Indian journal of veterinary science and animal husbandry - Volumes 15-17, 1948-1951
Year: 1948
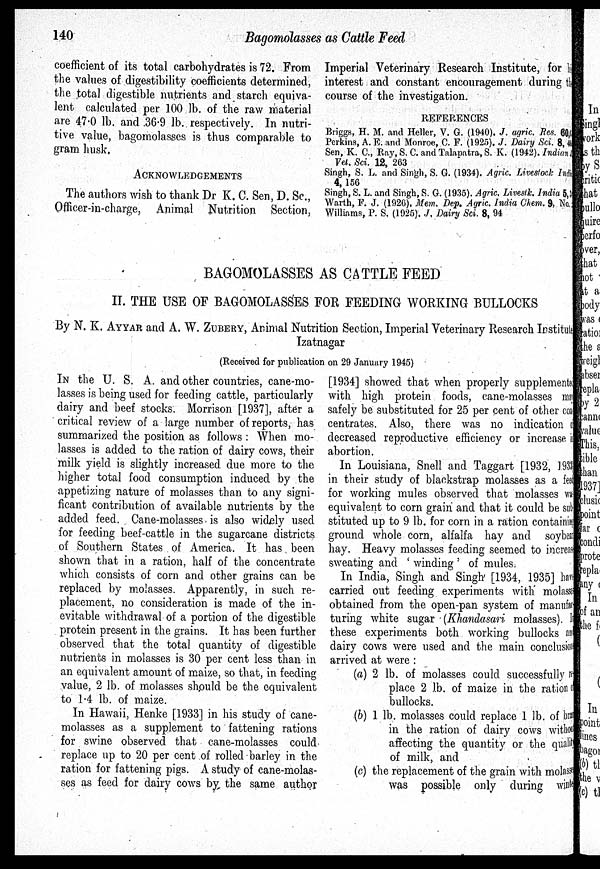
140
Bagomolasses as Cattle Feed
coefficient of its total carbohydrates is 72. From
the values of digestibility coefficients determined,
the total digestible nutrients and starch equiva-
lent calculated per 100 lb. of the raw material
are 47.0 lb. and 36.9 lb. respectively. In nutri-
tive value, bagomolasses is thus comparable to
gram husk.
ACKNOWLEDGEMENTS
The authors wish to thank Dr K. C. Sen, D. Sc.,
Officer-in-charge, Animal Nutrition Section,
Imperial Veterinary Research Institute, for his
interest and constant encouragement during the
course of the investigation.
REFERENCES
Briggs, H. M. and Heller, V. G. (1940). J. agric. Res. 60,6
Perkins, A. E. and Monroe, C. F. (1925). J. Dairy Sci. 8, 40
Sen, K. C., Ray, S. C. and Talapatra, S. K. (1942). Indian. J.
Vet. Sci. 12, 263
Singh, S. L. and Singh, S. G. (1934). Agric. Livestock Indian
4, 156
Singh, S. L. and Singh, S. G. (1935). Agric. Livestk. India 5, 3
Warth, F. J. (1926). Mem. Dep. Agric India Chem. 9, No.
Williams, P. S. (1925). J. Dairy Sci. 8, 94
BAGOMOLASSES AS CATTLE FEED
II.
E USE OF BAGOMOLASSES FOR FEEDING WORKING BULLOCKS
By N. K. AYYAR and A. W. ZUBERY, Animal Nutrition Section, Imperial Veterinary Research Institute
Izatnagar
(Received for publication on 29 January 1945)
IN the U. S. A. and other countries, cane-mo-
lasses is being used for feeding cattle, particularly
dairy and beef stocks. Morrison [1937], after a
critical review of a large number of reports, has
summarized the position as follows: When mo-
lasses is added to the ration of dairy cows, their
milk yield is slightly increased due more to the
higher total food consumption induced by the
appetizing nature of molasses than to any signi-
ficant contribution of available nutrients by the
added feed. Cane-molasses is also widely used
for feeding beef-cattle in the sugarcane districts
of Southern States of America. It has been
shown that in a ration, half of the concentrate
which consists of corn and other grains can be
replaced by molasses. Apparently, in such re-
placement, no consideration is made of the in-
evitable withdrawal of a portion of the digestible
protein present in the grains. It has been further
observed that the total quantity of digestible
nutrients in molasses is 30 per cent less than in
an equivalent amount of maize, so that, in feeding
value, 2 lb. of molasses should be the equivalent
to 1.4 lb. of maize.
In Hawaii, Henke [1933] in his study of cane-
molasses as a supplement to fattening rations
for swine observed that cane-molasses could
replace up to 20 per cent of rolled barley in the
ration for fattening pigs. A study of cane-molas-
ses as feed for dairy cows by the same author
[1934] showed that when properly supplemented
with high protein foods, cane-molasses may
safely be substituted for 25 per cent of other con-
centrates. Also, there was no indication of
decreased reproductive efficiency or increase in
abortion.
In Louisiana, Snell and Taggart [1932, 1933]
in their study of blackstrap molasses as a f eed
for working mules observed that molasses was
equivalent to corn grain and that it could be sub¬
stituted up to 9 lb. for corn in a ration containing
ground whole corn, alfalfa hay and soybean
hay. Heavy molasses feeding seemed to increase
sweating and 'winding' of mules.
In India, Singh and Singh [1934, 1935] have
carried out feeding experiments with molasse
obtained from the open-pan system of manufac
turing white sugar (Khandasari molasses). In
these experiments both working bullocks and
dairy cows were used and the main conclusion
arrived at were:
(a) 2 lb. of molasses could successfully re¬
place 2 lb. of maize in the ration of
bullocks.
(b) 1 lb. molasses could replace 1 lb. of bran
in the ration of dairy cows without
affecting the quantity or the quality
of milk, and
(c) the replacement of the grain with mola
was possible only during winter